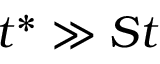
t ^ { * } \gg S t